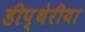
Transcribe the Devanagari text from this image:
डीप्थेरीया